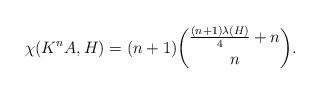
LaTeX: \begin{align*}\chi(K^{n}A, H)=(n+1)\binom{\frac{(n+1)\lambda(H)}{4}+n}{n}. \end{align*}